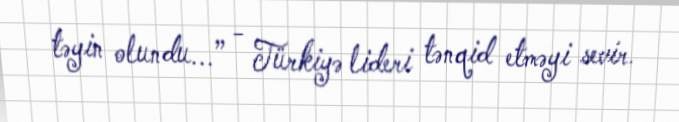
təyin olundu...” - Türkiyə lideri tənqid etməyi sevir.